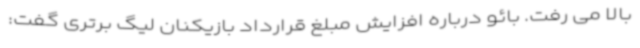
بالا می رفت. بائو درباره افزایش مبلغ قرارداد بازیکنان لیگ برتری گفت: